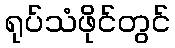
ရုပ်သံဖိုင်တွင်